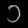
Digit: ၁